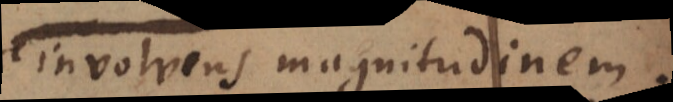
involvens magnitudinem.